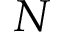
N